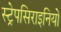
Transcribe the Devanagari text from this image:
स्ट्रेपसिराइनियों